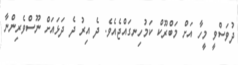
ދުވަސްވީ މީހާ އަށް މަބްރޫކް ކަމުހިނގައްޖެއެވެ. ދެ އިރު ދެ ދަޅައަށް ނޫސްވެރިންނާ